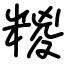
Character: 糉